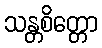
သန္တစိတ္တော